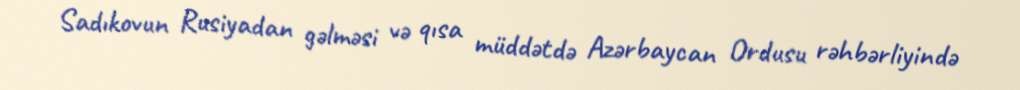
Sadıkovun Rusiyadan gəlməsi və qısa müddətdə Azərbaycan Ordusu rəhbərliyində